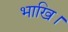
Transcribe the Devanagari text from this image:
भाखि।